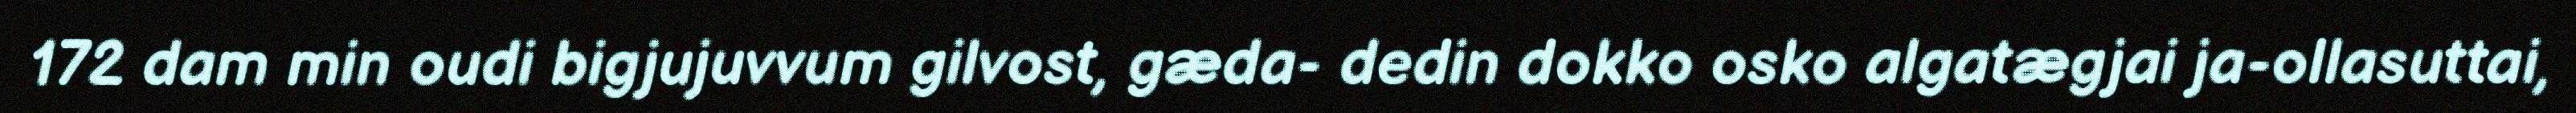
172 dam min oudi bigjujuvvum gilvost, gæda- dedin dokko osko algatægjai ja-ollasuttai,